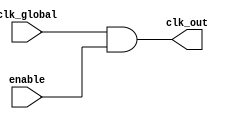
module clock_gating_cell (
    input wire clk_global,     // Global clock signal
    input wire enable,         // Enable signal for clock gating
    output wire clk_out        // Output clock signal to memory block
);

// Clock gating logic using a simple AND gate
assign clk_out = clk_global & enable;

endmodule